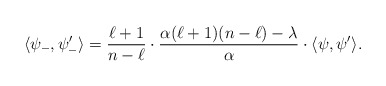
\begin{align*}\langle \psi_- , \psi_-' \rangle =\frac{\ell+1}{n-\ell} \cdot \frac{ \alpha(\ell+1)(n-\ell) - \lambda}{\alpha} \cdot \langle \psi, \psi' \rangle.\end{align*}